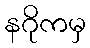
နဂိုကမှ